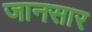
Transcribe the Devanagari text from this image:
जानसार